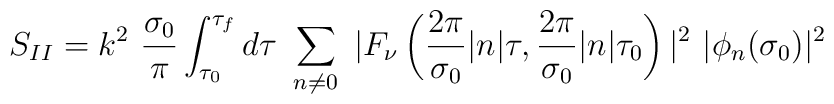
S_{II} = k^2~ \frac{\sigma_0}{\pi} \int_{\tau_0}^{\tau_f} d\tau ~\sum_{n \neq 0}^{} ~| F_{\nu} \left( \frac{2\pi}{\sigma_0} |n| \tau, \frac{2\pi}{\sigma_0} |n| \tau_0 \right) |^2 ~|\phi_n(\sigma_0)|^2